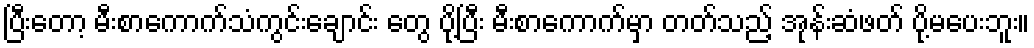
ပြီးတော့ မီးစာကောက်သံကွင်းချောင်း တွေ ပို့ပြီး မီးစာကောက်မှာ တတ်သည့် အုန်းဆံဖတ် ပို့မပေးဘူး။